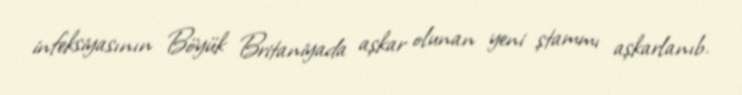
infeksiyasının Böyük Britaniyada aşkar olunan yeni ştammı aşkarlanıb.